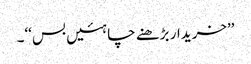
’’خریدار بڑھنے چاہئیں بس‘‘۔